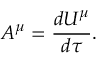
A ^ { \mu } = { \frac { d U ^ { \mu } } { d \tau } } .